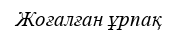
Жоғалған ұрпақ